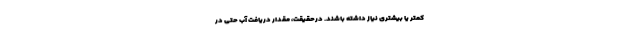
کمتر یا بیشتری نیاز داشته باشند. درحقیقت، مقدار دریافت آب حتی در